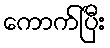
ကောက်ပြီး